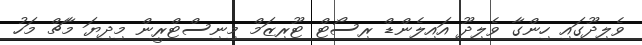
ވެލިދޫގައި ހިންގާ ވެލިދޫ އައިލެންޑް ރިސޯޓް ޓޫރިޒަމް މިނިސްޓްރީން މިދިޔަ މާޗް މަހު